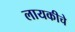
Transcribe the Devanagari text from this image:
लायकीचे